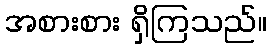
အစားစား ရှိကြသည်။